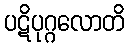
ပဋိပုဂ္ဂလောတိ